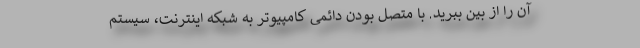
آن را از بین ببرید. با متصل بودن دائمی کامپیوتر به شبکه اینترنت، سیستم